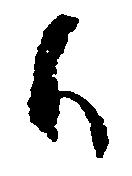
候